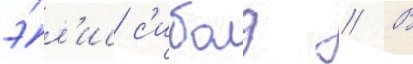
э́л'ис с'иболд // В